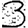
Digit: 3